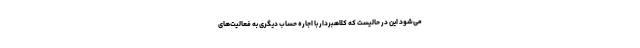
می‌شود این در حالیست که کلاهبردار با اجاره حساب دیگری به فعالیت‌های